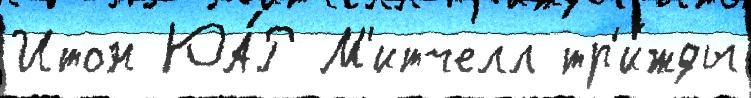
Итон ЮА́Р М'итчелл тр'и́жды